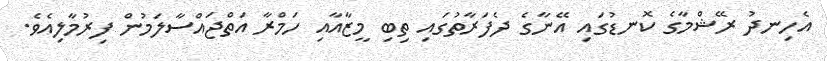
އެހިނދު ރޭޝްމާގެ ކޮނޑުގައި އޭނާގެ ދެފަރާތުގައި ތިބި މީޒާއާއި ހަމްރާ އަތްޖައްސާލަމުން ފިރުމާލިއެވެ.